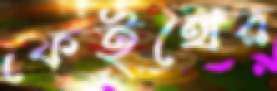
ফেইথের